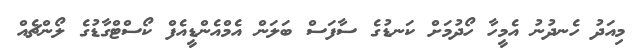
މިއަދު ހެނދުނު އެމީހާ ހޯދުމަށް ކަނޑުގެ ސާފަސް ބަލަން އެމްއެންޑީއެފް ކޯސްޓްގާޑުގެ ލޯންޗެއް